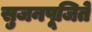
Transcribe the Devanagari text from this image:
सुजनपूजिते